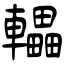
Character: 轠